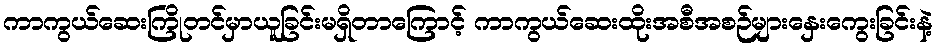
ကာကွယ်ဆေးကြိုတင်မှာယူခြင်းမရှိတာကြောင့် ကာကွယ်ဆေးထိုးအစီအစဉ်များနှေးကွေးခြင်းနဲ့